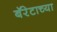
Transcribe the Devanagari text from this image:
बॅरेटाच्या